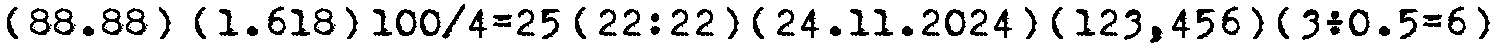
[88.88]  {1.618} 100/4=25 [22:22] {24.11.2024} [123,456] {3÷0.5=6}